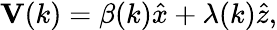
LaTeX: {\mathbf V}(k)=\beta(k)\hat{x}+\lambda(k)\hat{z},